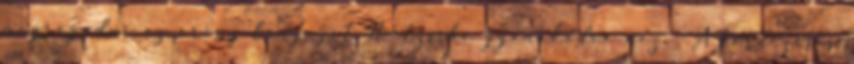
megragadni az erény lényegét Nietzsche gyanakodva nézi: A kérdezéses